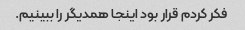
فکر کردم قرار بود اینجا همدیگر را ببینیم.